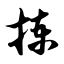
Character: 拣